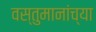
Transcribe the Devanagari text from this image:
वस्तुमानांच्या